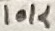
Text: 10K